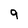
Character: 9